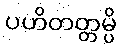
ပဟိတတ္တမ္ပိ